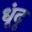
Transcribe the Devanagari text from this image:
धूंदू